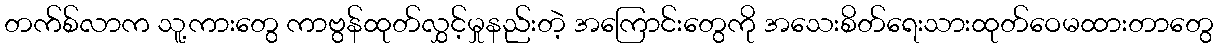
တက်စ်လာက သူ့ကားတွေ ကာဗွန်ထုတ်လွှင့်မှုနည်းတဲ့ အကြောင်းတွေကို အသေးစိတ်ရေးသားထုတ်ဝေမထားတာတွေ